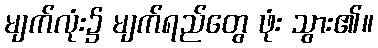
မျက်လုံး၌ မျက်ရည်တွေ ဖုံး သွား၏။